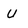
Character: U